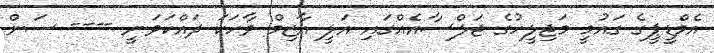
އެމްޑީޕީގެ ގައުމީ މަޖިލީހުގެ ޖަލްސާއެއްގައި އަލީ އާޒިމް ވާހަކަ ދައްކަވަނީ ---- ސަން